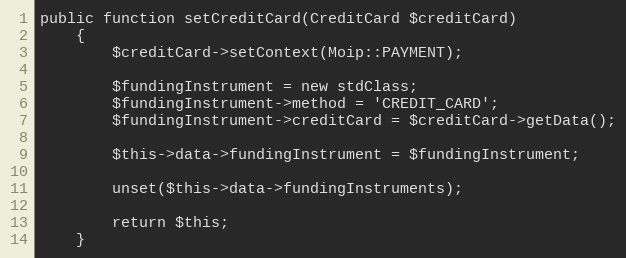
Language: PHP
public function setCreditCard(CreditCard $creditCard)
    {
        $creditCard->setContext(Moip::PAYMENT);

        $fundingInstrument = new stdClass;
        $fundingInstrument->method = 'CREDIT_CARD';
        $fundingInstrument->creditCard = $creditCard->getData();

        $this->data->fundingInstrument = $fundingInstrument;

        unset($this->data->fundingInstruments);

        return $this;
    }